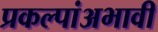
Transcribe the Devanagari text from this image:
प्रकल्पांअभावी